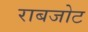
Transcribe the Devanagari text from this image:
राबजोट